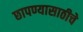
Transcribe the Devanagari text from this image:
छापण्यासाठीचे